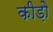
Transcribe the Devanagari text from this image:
कीड़ोे